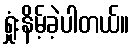
ရှုံးနိမ့်ခဲ့ပါတယ်။